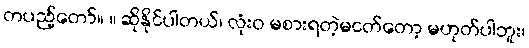
တပည့်တော်။ ။ ဆိုနိုင်ပါတယ်၊ လုံးဝ မစားရတဲ့မငတ်တော့ မဟုတ်ပါဘူး၊